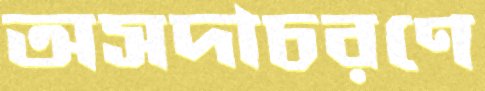
অসদাচরণে